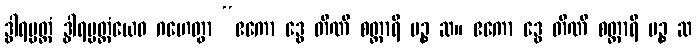
ဒွါရပ္ပတ္တံ ဒွါရပ္ပတ္တံယေဝ ဂဟေတွာ “ဧကော ဒွေ တီဏိ စတ္တာရိ ပဉ္စ ဆ။ ဧကော ဒွေ တီဏိ စတ္တာရိ ပဉ္စ ဆ